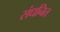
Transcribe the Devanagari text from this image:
संधनित